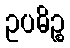
ဥပဓိဉ္စ